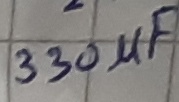
Text: 3300.47µF